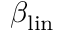
\beta _ { \mathrm { l i n } }